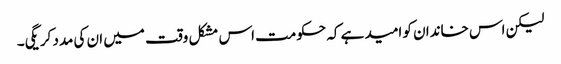
لیکن اس خاندان کو امید ہے کہ حکومت اس مشکل وقت میں ان کی مدد کریگی۔